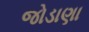
જોડાણા